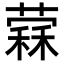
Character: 𦼖